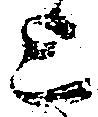
上